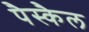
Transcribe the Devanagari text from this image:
पैस्कैल